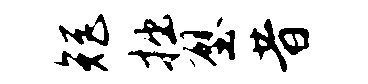
矩拙壁昔